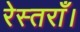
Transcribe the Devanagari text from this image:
रेस्तराँ।